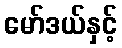
မော်ဒယ်နှင့်